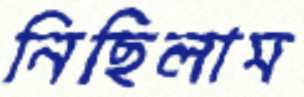
নিছিলাম